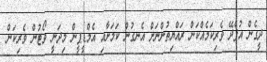
ދީގެން އުފެދޭ ވެރިކަމެއްކަން ރައްޔިތުންނަށް އެނގުން ކަމަށާއި އެމްޑީޕީން މިދަނީ ވޯޓުން ވެރިކަން